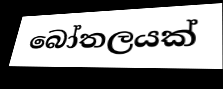
බෝතලයක්